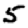
Digit: 5